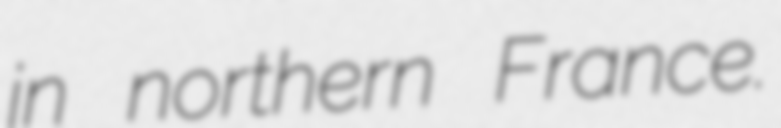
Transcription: in northern France.